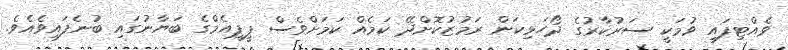
ވެއްޓިފައި ވުމަކީ ސަރުކާރުގެ ދޯހަޅިކަން ރަމުޒުކޮށްދޭ ކަމެއް ކަމަށްވެސް ޕީޕީއެމްގެ ބަޔާނުގައި ބުނެފައިވެއެވެ.